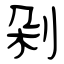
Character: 剁